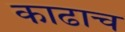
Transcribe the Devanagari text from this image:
काढाच